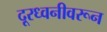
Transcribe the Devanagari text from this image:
दूरध्वनीवरून